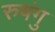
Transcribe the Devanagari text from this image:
रुषंगु